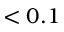
< 0 . 1